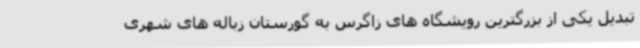
تبدیل یکی از بزرگترین رویشگاه های زاگرس به گورستان زباله های شهری